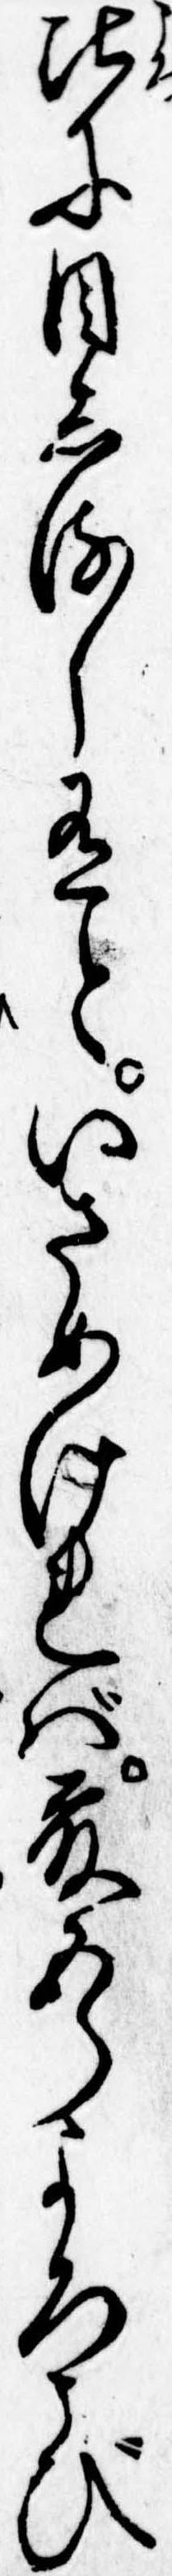
比に目しるし有といさめければ藤五郎よろこび